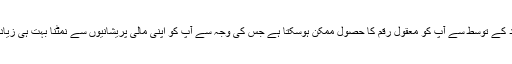
آج کسی قریبی فرد کے توسط سے آپ کو معقول رقم کا حصول ممکن ہوسکتا ہے جس کی وجہ سے آپ کو اپنی مالی پریشانیوں سے نمٹنا بہت ہی زیادہ آسان ہوجائے گا۔